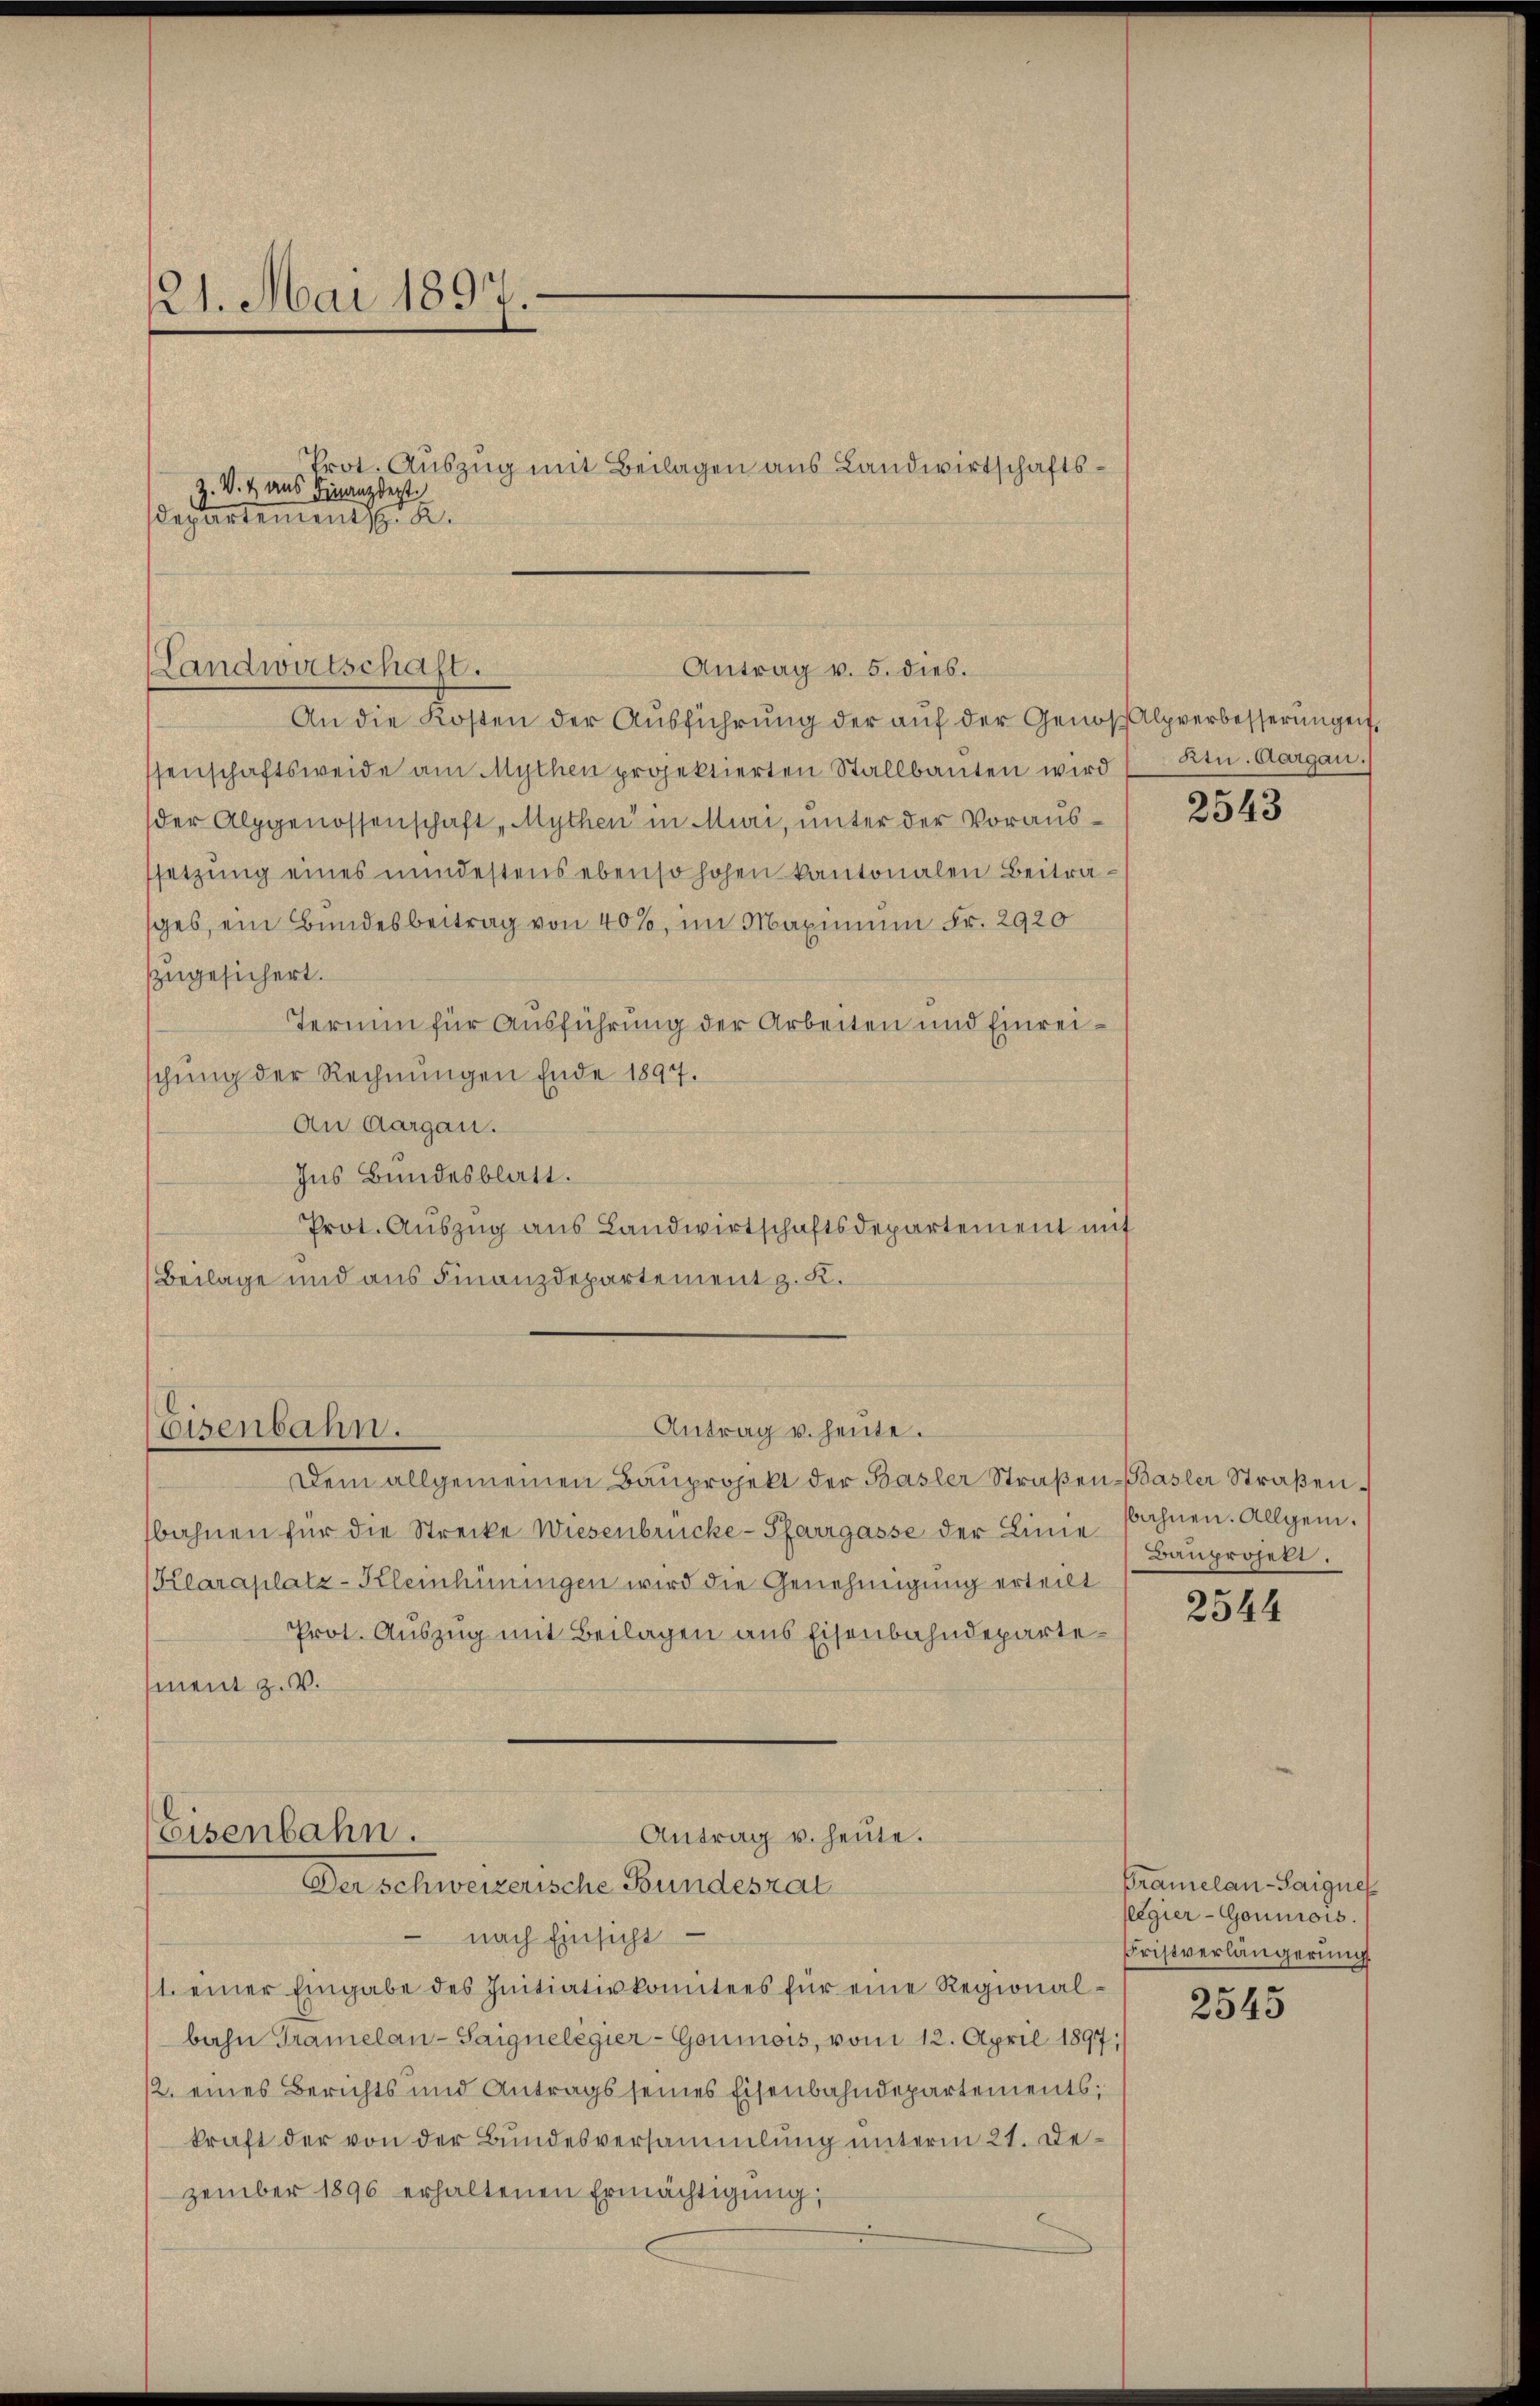
121. Mai 1897

Prot. Auszug mit Beilagen aus Landwirtschafts¬
Z. V. 4 aus Finanzdept
departementsch. 2.

Landwirtschaft.
Antrag v. 5. dies.

An die Kosten der Ausführung der auf der Genos Alpverbesserungen,
ssenschaftsweide am Mythen projektierten Stallbauten wird ( Ktn. Aargau.
der Alpgenossenschaft, Mythen in Mini, unter der Voraussetzŭng eines mindestens ebenso hohen kantonalen Beitrages, ein Bundesbeitrag von 40%, im Maximum Fr. 2920
zzugesichert.
Termin für Ausführung der Arbeiten und Einreischung der Rechnungen Ende 1897.
An Aargau.
Ins Bundesblatt.
Prot. Auszug aus Landwirtschaftsdepartement mit
Beilage und aus Finanzdepartement z. K.
Antrag u. heute.
Eisenbahn.
Dem allgemeinen Baŭprojekt der Basler Straβen-Basler Straßenbahnen für die Strecke Wiesenbrücke-Pfarrgasse der Linie Baŭprojekt.
(Klaraplatz-Kleinhüningen wird die Genehmigung erteilt
Prot. Auszug mit Beilagen aus Eisenbahndepartement z. B.
Eisenbahn.
Antrag u. heute.

Der Schweizerische Bundesrat

nach Einsicht
1. einer Eingabe des Initiativkomitees für eine Regional-
bahn Gramelan-Saignelegier-Goumois, vom 12. April 1897;
12. eines Berichts und Antrags seines Eisenbahndepartements;
kraft der von der Bundesversammlung unterm 21. Dezember 1896 erhaltenen Ermächtigŭng:

2543

bahnen. Allgem.

2544

Pramelan-Saignes
llegier - Goumois.
Fristverlängerung

2545